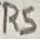
Text: R5